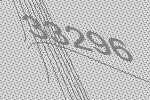
33296